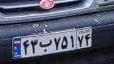
۴۳ب۷۵۱۷۴